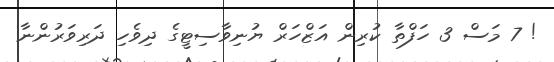
! 7 މަސް 3 ހަފްތާ ކުރިން އަޒްހަރް ޔުނިވާސިޓީގެ ދިވެހި ދަރިވަރުންނާ